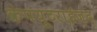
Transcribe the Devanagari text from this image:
कंपयूटराईज़द